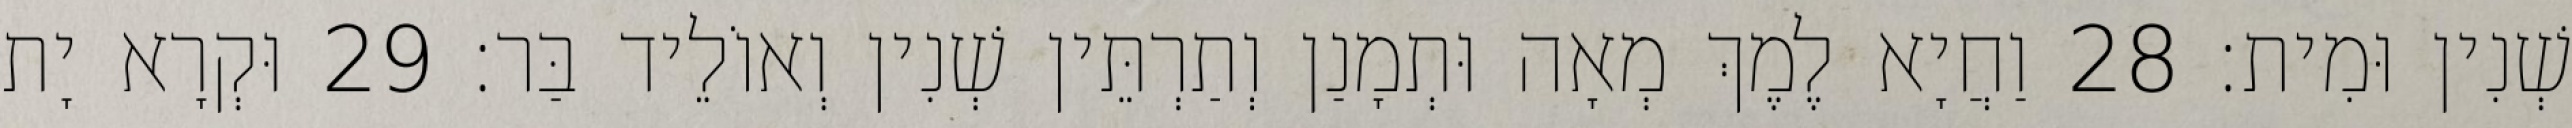
שְׁנִין וּמִית׃ 28 וַחֲיָא לֶמֶךְ מְאָה וּתְמָנַן וְתַרְתֵּין שְׁנִין וְאוֹלֵיד בַּר׃ 29 וּקְרָא יָת